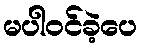
မပါဝင်ခဲ့ပေ